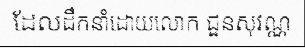
ដែលដឹកនាំដោយលោក ជួនសុវណ្ណ